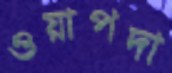
ওয়াপদা